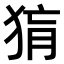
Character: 𤟂